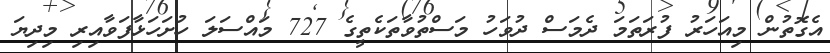
އެގޮތުން މިއަހަރު ފުރަތަމަ ދެމަސް ދުވަހު މަސްތުވާތަކެތީގެ 727 މައްސަލަ ހުށަހަޅާފަވާއިރި މިދިޔަ